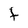
Character: t